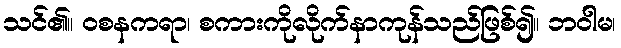
သင်၏။ ဝစနကရာ၊ စကားကိုလိုက်နာကုန်သည်ဖြစ်၍။ ဘဝါမ၊